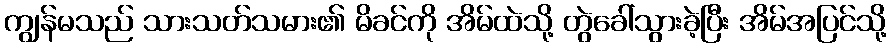
ကျွန်မသည် သားသတ်သမား၏ မိခင်ကို အိမ်ထဲသို့ တွဲခေါ်သွားခဲ့ပြီး အိမ်အပြင်သို့